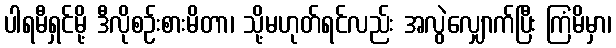
ပါရမီရှင်မို့ ဒီလိုစဉ်းစားမိတာ၊ သို့မဟုတ်ရင်လည်း အလွဲလျှောက်ပြီး ကြံမိမှာ၊